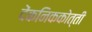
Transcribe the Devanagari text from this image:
देंकनिककोत्ती